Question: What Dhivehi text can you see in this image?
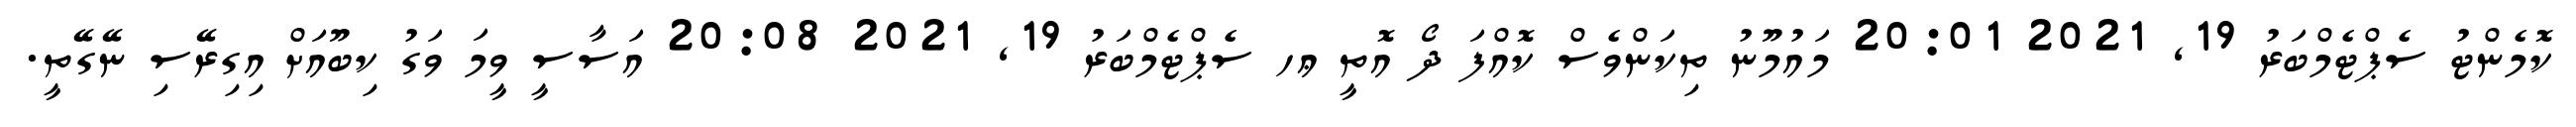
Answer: ކޮމެންޓު ސެޕްޓެމްބަރު 19, 2021 20:01 މައުމޫނު ތިކަންވެސް ކޮއްފަ ދޯ އޮތީ ޢހ ސެޕްޓެމްބަރު 19, 2021 20:08 އަސާސީ ވީމަ ވަގު ކިބޫއަށް އިގިރޭސި ނޭގޭތީ.